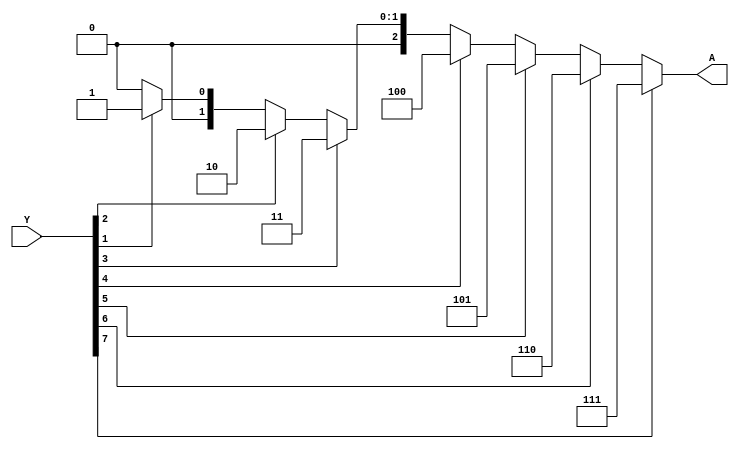
module priority_encoder(input [7:0]Y, output reg [2:0]A);

always@(*) begin
if(Y[7])
  A = 3'b111;
else if(Y[6])
  A = 3'b110;
else if(Y[5])
  A = 3'b101;
else if(Y[4])
  A = 3'b100;
else if(Y[3])
  A = 3'b011;
else if(Y[2])
  A = 3'b010;
else if(Y[1])
  A = 3'b001;
else
  A = 3'b000;
end
endmodule